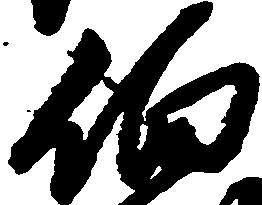
伯